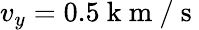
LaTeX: v_{y}=0.5\mathrm{~k~m~/~s~}